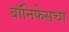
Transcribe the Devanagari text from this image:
बॉनिफेसचा